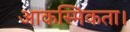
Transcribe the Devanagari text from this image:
आकस्मिकता।